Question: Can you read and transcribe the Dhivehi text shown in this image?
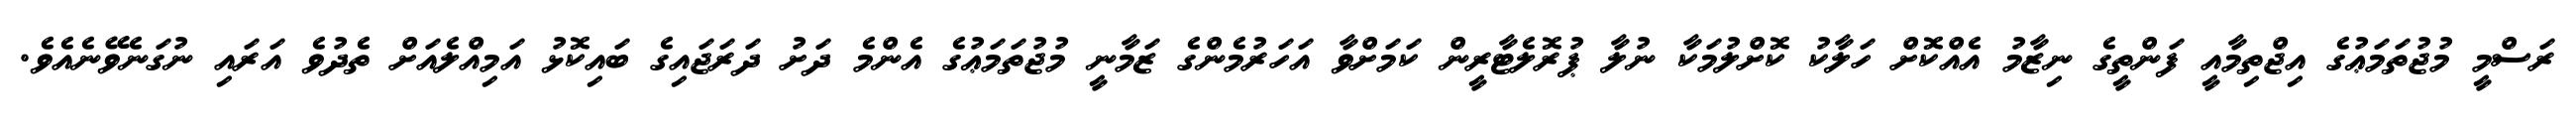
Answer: ރަސްމީ މުޖުތަމަޢުގެ އިޖްތިމާއީ ފަންތީގެ ނިޒާމު އެއްކޮށް ހަލާކު ކޮށްލުމަކާ ނުލާ ޕުރޮލެޓާރީން ކަމަށްވާ އަހަރުމެންގެ ޒަމާނީ މުޖުތަމަޢުގެ އެންމެ ދަށު ދަރަޖައިގެ ބައިކޮޅު އަމިއްލެއަށް ތެދުވެ އަރައި ނުގަނެވޭނެއެވެ.